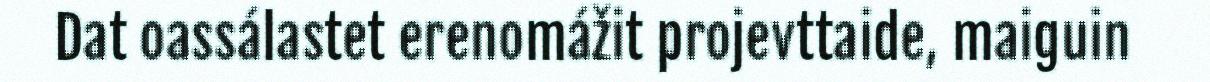
Dat oassálastet erenomážit projevttaide, maiguin